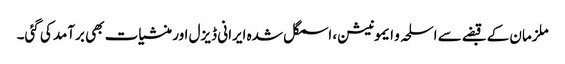
ملزمان کے قبضے سے اسلحہ و ایمونیشن، اسمگل شدہ ایرانی ڈیزل اور منشیات بھی برآمد کی گئی۔